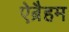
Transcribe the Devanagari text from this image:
ऐब्रैहम